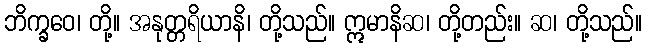
ဘိက္ခဝေ၊ တို့။ အနုတ္တရိယာနိ၊ တို့သည်။ ဣမာနိဆ၊ တို့တည်း။ ဆ၊ တို့သည်။